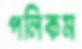
পলিকম